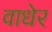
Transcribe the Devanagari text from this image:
वाधेर